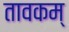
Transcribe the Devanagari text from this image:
तावकम्